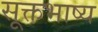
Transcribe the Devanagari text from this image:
सूक्तभाष्य